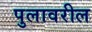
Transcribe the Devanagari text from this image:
पुलावरील